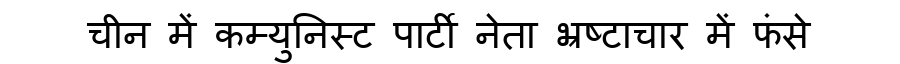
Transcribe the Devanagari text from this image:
चीन में कम्युनिस्ट पार्टी नेता भ्रष्टाचार में फंसे